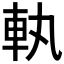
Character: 𮜿